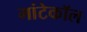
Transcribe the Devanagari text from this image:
मांटेकॉल